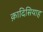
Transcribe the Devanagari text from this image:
क़ादिसियाह